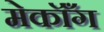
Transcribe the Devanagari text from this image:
मेकॉँग